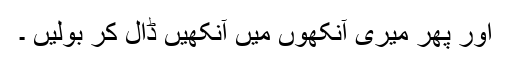
اور پھر میری آنکھوں میں آنکھیں ڈال کر بولیں ۔